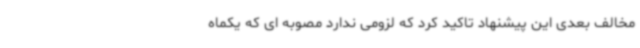
مخالف بعدی این پیشنهاد تاکید کرد که لزومی ندارد مصوبه ای که یکماه